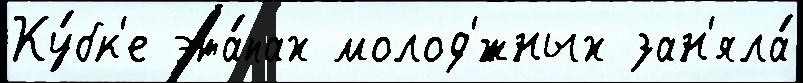
Ку́бк'е эта́пах молод'́жных зан'яла́